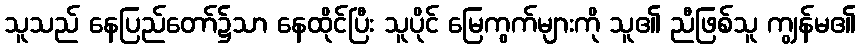
သူသည် နေပြည်တော်၌သာ နေထိုင်ပြီး သူပိုင် မြေကွက်များကို သူ၏ ညီဖြစ်သူ ကျွန်မ၏